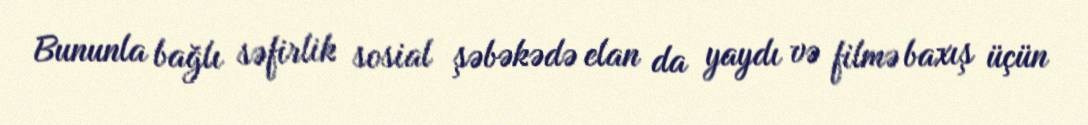
Bununla bağlı səfirlik sosial şəbəkədə elan da yaydı və filmə baxış üçün